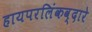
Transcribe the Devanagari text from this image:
हायपरलिंकव्दारे